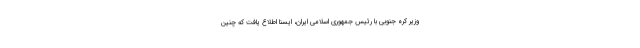
وزیر کره جنوبی با رئیس جمهوری اسلامی ایران، ایسنا اطلاع یافت که چنین